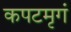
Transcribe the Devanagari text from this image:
कपटमृगं